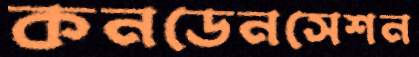
কনডেনসেশন